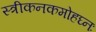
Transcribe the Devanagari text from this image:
स्त्रीकनकमोहघ्नः